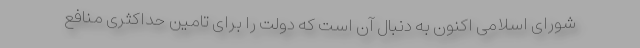
شورای اسلامی اکنون به دنبال آن است که دولت را برای تامین حداکثری منافع